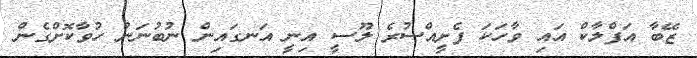
ޒޭބާ އަފްލާކް އައި ވާހަކަ ފެށީއްސުރެ ލޫސީ އިނީ އަނގައިން ނުބުނަން ހުވާކޮށްގެން